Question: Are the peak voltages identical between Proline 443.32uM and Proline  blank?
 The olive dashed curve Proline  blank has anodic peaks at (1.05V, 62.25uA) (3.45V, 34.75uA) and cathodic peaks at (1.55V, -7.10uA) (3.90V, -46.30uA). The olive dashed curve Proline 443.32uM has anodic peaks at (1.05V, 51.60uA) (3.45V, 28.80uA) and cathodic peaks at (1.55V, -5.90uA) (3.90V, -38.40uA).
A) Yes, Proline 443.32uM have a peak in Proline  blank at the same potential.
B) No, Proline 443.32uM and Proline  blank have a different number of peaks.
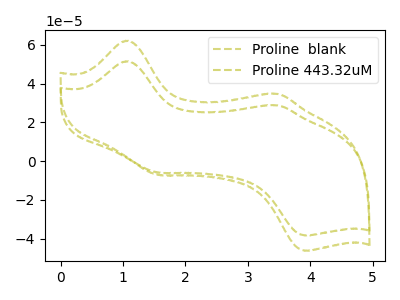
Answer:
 <answer>A) Yes, "Proline 443.32uM" have a peak in "Proline  blank" at the same potential.</answer>
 <eval>A</eval>